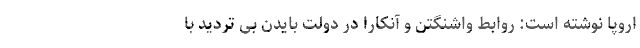
اروپا نوشته است: روابط واشنگتن و آنکارا در دولت بایدن بی تردید با